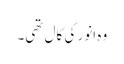
وہ انور کی کال تھی۔